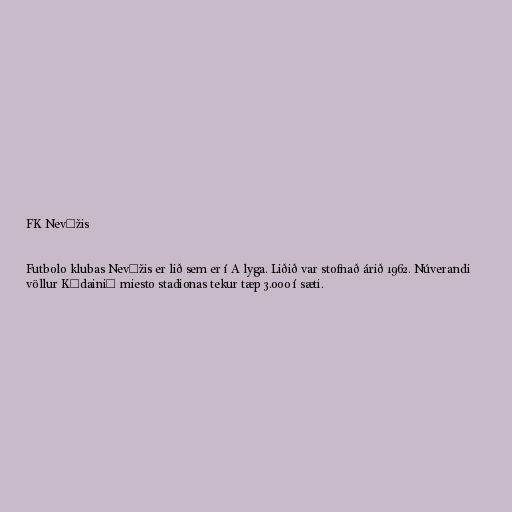
FK Nevėžis

Futbolo klubas Nevėžis er lið sem er í A lyga. Liðið var stofnað árið 1962. Núverandi
völlur Kėdainių miesto stadionas tekur tæp 3.000 í sæti.